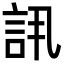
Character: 𬢠